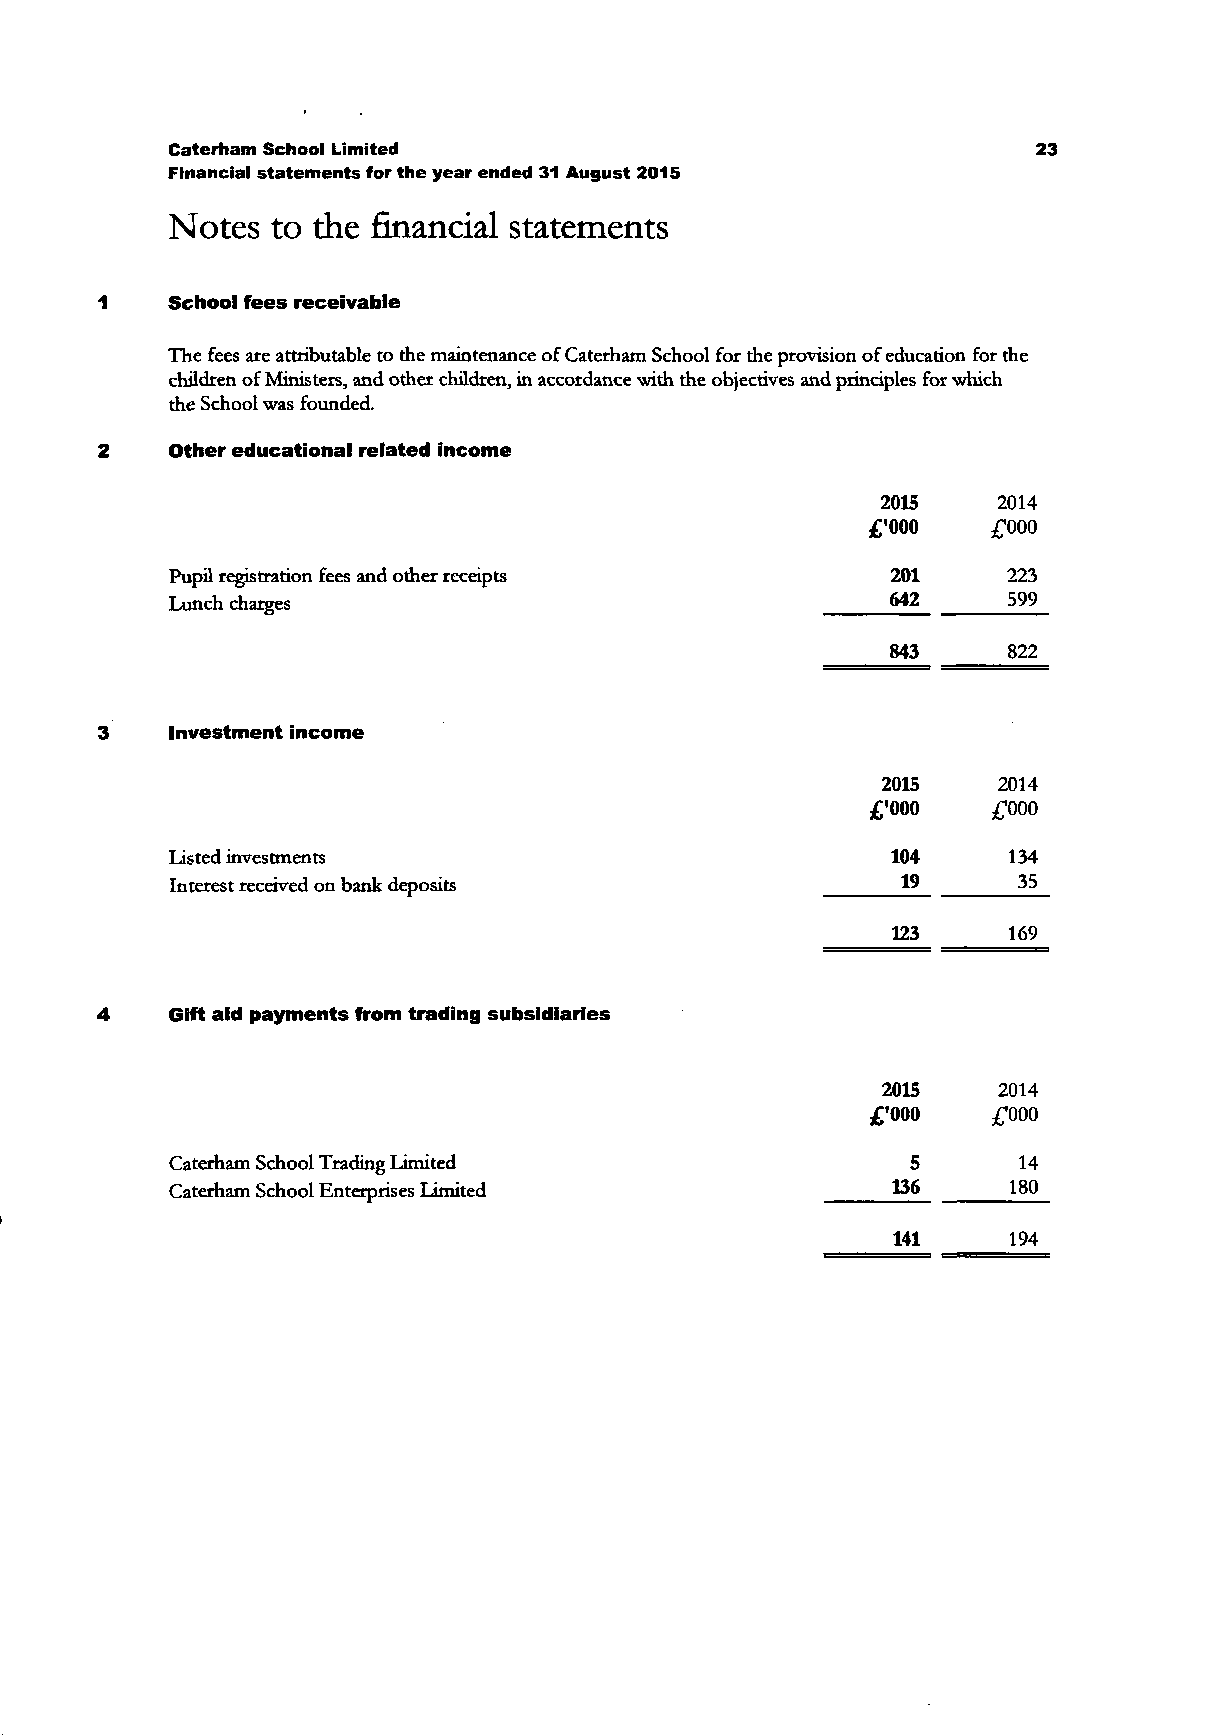
Caterham School Limited                                   23
 Financial statements for the year ended 31 August 2015
 Notes  to the financial statements
 1    School fees receivable
 The fees are attributable to the maintenance of Caterham School for the provision of education for the
 children of Ministers, and other children, in accordance with the objectives and principles for which
 the School was founded.
 2    Other educational related income
 2015    2014
 £'000    £000
 Pupil registration fees and other receipts      201     223
 Lunch charges                                   642     599
 843     822
 3    Investment income
 2015    2014
 £'000   £000
 Listed investments                              104     134
 Interest received on bank deposits               19      35
 123     169
 4    Gift aid payments from trading subsidiaries
 2015    2014
 £'000   £000
 Caterham School Trading Limited                  5       14
 Caterham School Enterprises Limited             ^36     180
 141     194